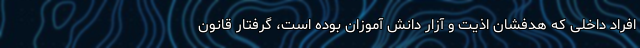
افراد داخلی که هدفشان اذیت و آزار دانش آموزان بوده است، گرفتار قانون